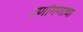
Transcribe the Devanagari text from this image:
रणांगणाचा